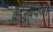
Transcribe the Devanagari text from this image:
कंजुषपणा